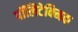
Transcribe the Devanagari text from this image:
पॉलिटेक्‍निक